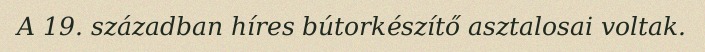
A 19. században híres bútorkészítő asztalosai voltak.